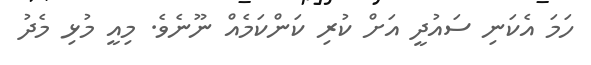
ހަމަ އެކަނި ސައުދީ އަށް ކުރި ކަންކަމެއް ނޫނެވެ. މިއީ މުޅި މެދު